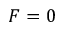
F = 0